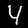
Label: 4